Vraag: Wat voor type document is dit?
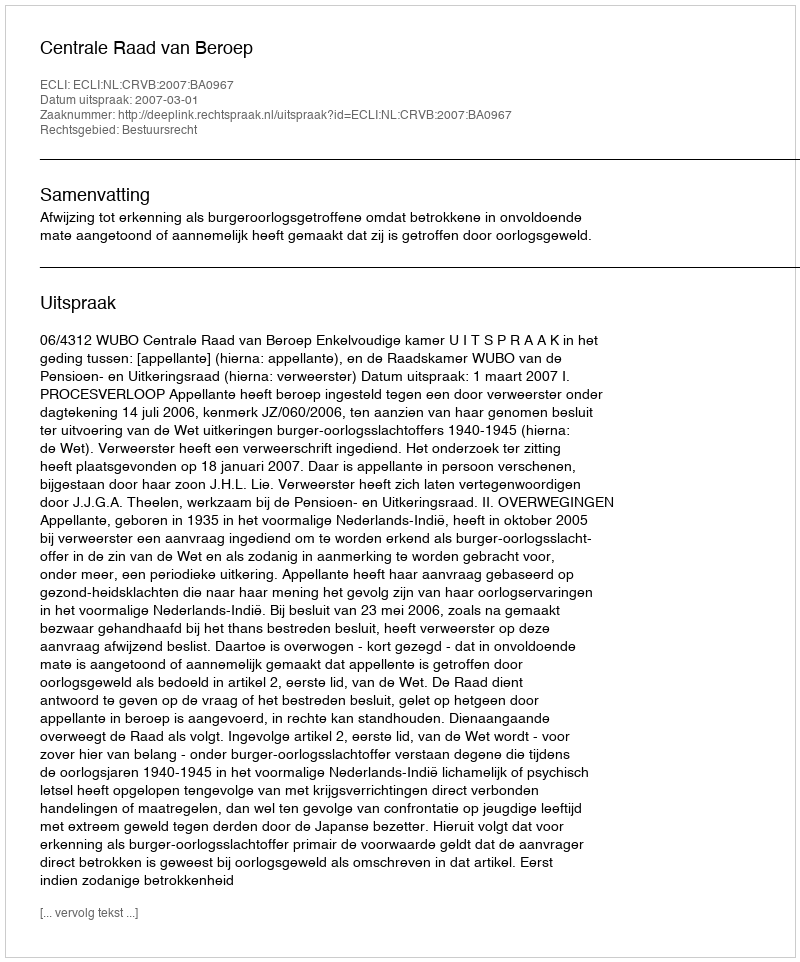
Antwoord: Uitspraak